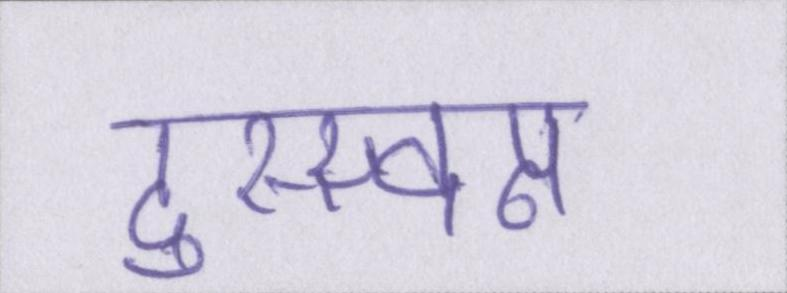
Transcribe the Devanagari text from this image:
दुस्स्वप्न